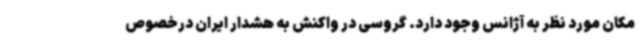
مکان مورد نظر به آژانس وجود دارد. گروسی در واکنش به هشدار ایران درخصوص